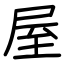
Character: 屋